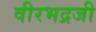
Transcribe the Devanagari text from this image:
वीरभद्रजी